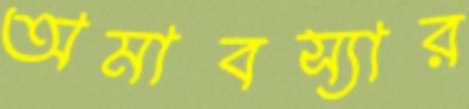
অমাবস্যার